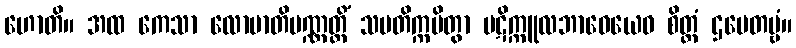
ဟောတိ။ အထ ကေသာ လောမာတိပဏ္ဏတ္တိံ သမတိက္ကမိတွာ ပဋိက္ကူလဘာဝေယေဝ စိတ္တံ ဌပေတဗ္ဗံ။